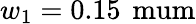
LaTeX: w_{1}=0.15\, \mathrm{\ mum}